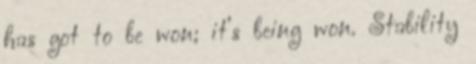
has got to be won; it’s being won. Stability